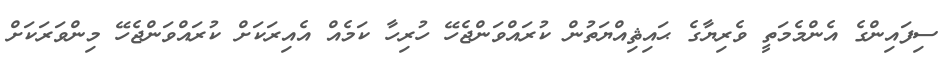
ސިފައިންގެ އެންމެމަތީ ވެރިޔާގެ ޙައިޘިއްޔަތުން ކުރައްވަންޖެހޭ ހުރިހާ ކަމެއް އެއިރަކަށް ކުރައްވަންޖެހޭ މިންވަރަކަށް